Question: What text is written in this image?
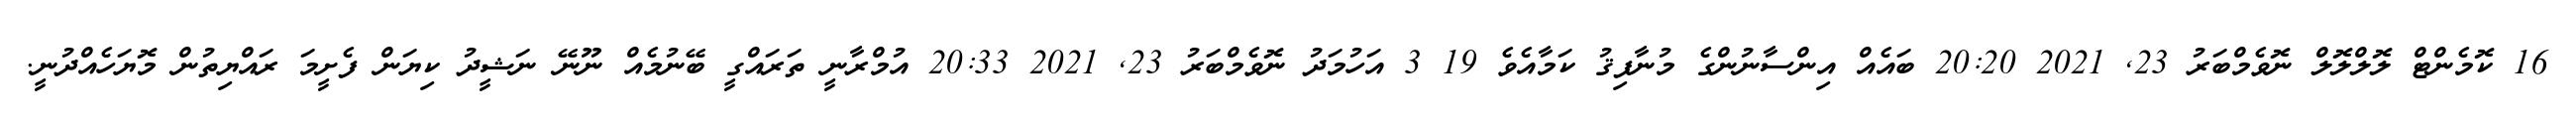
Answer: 16 ކޮމެންޓް ލޮލްލޮލް ނޮވެމްބަރު 23, 2021 20:20 ބައެއް އިންސާނުންގެ މުނާފިޤު ކަމާއެވެ 19 3 އަހުމަދު ނޮވެމްބަރު 23, 2021 20:33 އުމްރާނީ ތަރައްގީ ބޭނުމެއް ނޫނޭ ނަޝީދު ކިޔަން ފެށީމަ ރައްޔިތުން މޮޔަހެއްދުނީ.